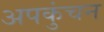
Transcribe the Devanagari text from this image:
अपकुंचन